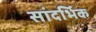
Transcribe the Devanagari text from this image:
सांदर्भिक